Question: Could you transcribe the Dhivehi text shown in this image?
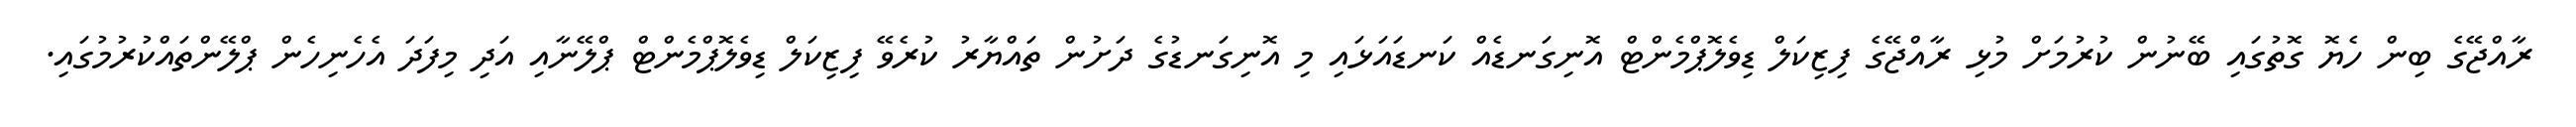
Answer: ރާއްޖޭގެ ބިން ހެޔޮ ގޮތުގައި ބޭނުން ކުރުމަށް މުޅި ރާއްޖޭގެ ފިޒިކަލް ޑިވެލޮޕްމެންޓް އޮނިގަނޑެއް ކަނޑައަޅައި މި އޮނިގަނޑުގެ ދަށުން ތައްޔާރު ކުރެވޭ ފިޒިކަލް ޑިވެލޮޕްމެންޓް ޕްލޭނާއި އަދި މިފަދަ އެހެނިހެން ޕްލޭންތައްކުރުމުގައި.